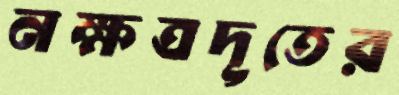
নক্ষত্রদূতের